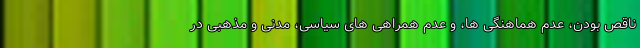
ناقص بودن، عدم هماهنگی ها، و عدم همراهی های سیاسی، مدنی و مذهبی در